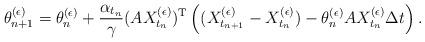
LaTeX: \begin{align*}\theta_{n+1}^{(\epsilon)} = \theta_n^{(\epsilon)} + \frac{\alpha_{t_n}}{\gamma} (AX_{t_n}^{(\epsilon)})^{\rm T} \left( (X_{t_{n+1}}^{(\epsilon)}-X_{t_n}^{(\epsilon)}) - \theta_n^{(\epsilon)} A X_{t_n}^{(\epsilon)} \Delta t \right).\end{align*}